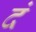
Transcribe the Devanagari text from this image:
दं